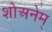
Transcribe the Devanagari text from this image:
शोअनेम्